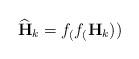
LaTeX: \begin{align*} \widehat{\mathbf{H}}_{k} = f_(f_(\mathbf{H}_{k}))\end{align*}